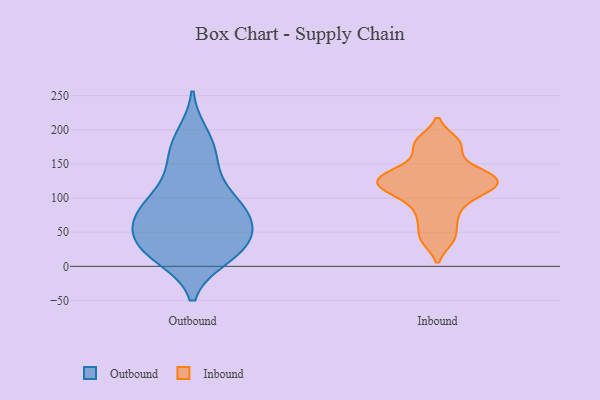
{"axis": {"x": "Active Users", "y": "Value"}, "legend": ["Inbound", "Outbound"], "data": [{"x": "", "y": 88, "type": "Outbound"}, {"x": "", "y": 68, "type": "Outbound"}, {"x": "", "y": 87, "type": "Outbound"}, {"x": "", "y": 23, "type": "Outbound"}, {"x": "", "y": 18, "type": "Outbound"}, {"x": "", "y": 15, "type": "Outbound"}, {"x": "", "y": 85, "type": "Outbound"}, {"x": "", "y": 176, "type": "Outbound"}, {"x": "", "y": 29, "type": "Outbound"}, {"x": "", "y": 139, "type": "Outbound"}, {"x": "", "y": 26, "type": "Outbound"}, {"x": "", "y": 83, "type": "Outbound"}, {"x": "", "y": 191, "type": "Outbound"}, {"x": "", "y": 51, "type": "Outbound"}, {"x": "", "y": 36, "type": "Outbound"}, {"x": "", "y": 78, "type": "Outbound"}, {"x": "", "y": 166, "type": "Outbound"}, {"x": "", "y": 122, "type": "Outbound"}, {"x": "", "y": 52, "type": "Outbound"}, {"x": "", "y": 175, "type": "Inbound"}, {"x": "", "y": 183, "type": "Inbound"}, {"x": "", "y": 118, "type": "Inbound"}, {"x": "", "y": 111, "type": "Inbound"}, {"x": "", "y": 113, "type": "Inbound"}, {"x": "", "y": 132, "type": "Inbound"}, {"x": "", "y": 77, "type": "Inbound"}, {"x": "", "y": 67, "type": "Inbound"}, {"x": "", "y": 130, "type": "Inbound"}, {"x": "", "y": 150, "type": "Inbound"}, {"x": "", "y": 135, "type": "Inbound"}, {"x": "", "y": 181, "type": "Inbound"}, {"x": "", "y": 128, "type": "Inbound"}, {"x": "", "y": 110, "type": "Inbound"}, {"x": "", "y": 96, "type": "Inbound"}, {"x": "", "y": 130, "type": "Inbound"}, {"x": "", "y": 41, "type": "Inbound"}, {"x": "", "y": 40, "type": "Inbound"}]}